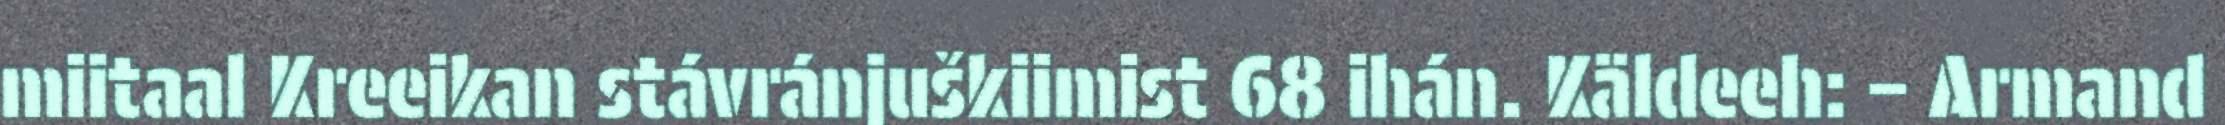
miitaal Kreeikan stávránjuškiimist 68 ihán. Käldeeh: – Armand